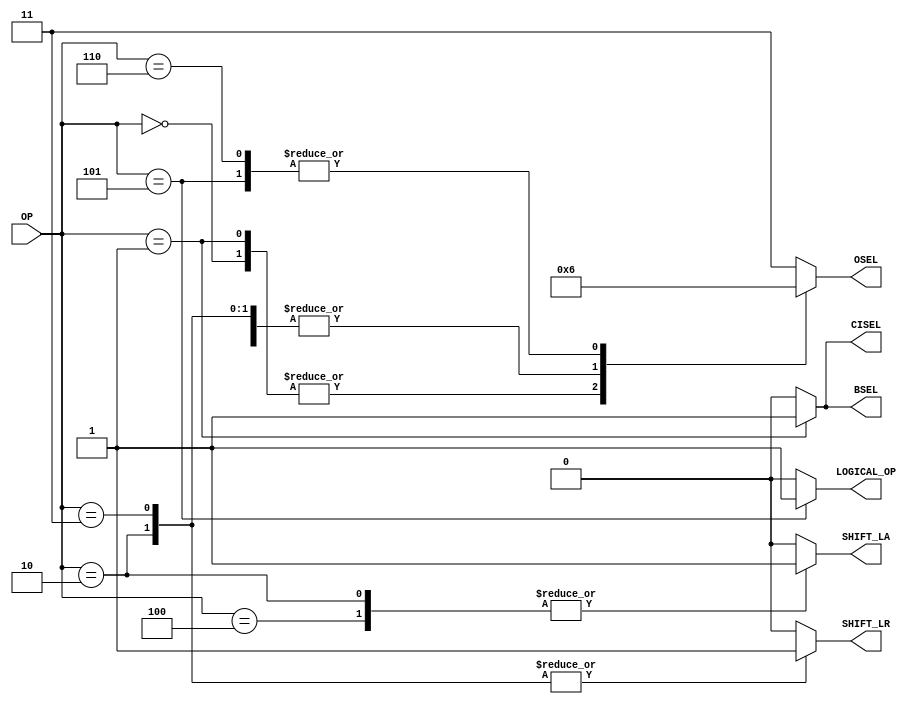
module control(OP, CISEL, BSEL, OSEL, SHIFT_LA, SHIFT_LR, LOGICAL_OP); // add other inputs and outputs here

  // inputs (add others here)
  input  [2:0]  OP;

  // outputs (add others here)
  output        CISEL;

  output 		 BSEL;

  output [1:0]	 OSEL;

  output 		 SHIFT_LA;

  output 		 SHIFT_LR;

  output 	    LOGICAL_OP;


  // reg and internal variable definitions
  reg [1:0] OSEL;

  reg SHIFT_LA;

  reg SHIFT_LR;

  reg LOGICAL_OP;

  

  localparam ADD = 3'b000;

  localparam SUB = 3'b001;

  localparam SRA = 3'b010;

  localparam SRL = 3'b011;

  localparam SLL = 3'b100;

  localparam AND = 3'b101;

  localparam OR = 3'b110;

  

  

  // implement module here (add other control signals below)
  assign CISEL = (OP == 3'b001) ? 1'b1 : 1'b0;

  assign BSEL = (OP == 3'b001) ? 1'b1 : 1'b0;

  

  always @(*) begin

	case (OP)

		ADD: begin 

			  OSEL = 2'b0;

			  SHIFT_LA = 1'b0;

			  SHIFT_LR = 1'b0;

			  LOGICAL_OP = 1'b0;

		end

		SUB: begin

			  OSEL = 2'b0;

		     SHIFT_LA = 1'b0;

			  SHIFT_LR = 1'b0;

			  LOGICAL_OP = 1'b0;

		end

		SRA: begin 

		     OSEL = 2'b01;

		     SHIFT_LA = 1'b1;

			  SHIFT_LR = 1'b1;

			  LOGICAL_OP = 1'b0;

		end

		SRL: begin 

			  OSEL = 2'b01;

		     SHIFT_LA = 1'b0;

			  SHIFT_LR = 1'b1;

			  LOGICAL_OP = 1'b0;

		end

		SLL: begin 

			  OSEL = 2'b01;

		     SHIFT_LA = 1'b1;

			  SHIFT_LR = 1'b0;

			  LOGICAL_OP = 1'b0;

		end

		AND: begin 

		     OSEL = 2'b10;

		     SHIFT_LA = 1'b0;

			  SHIFT_LR = 1'b0;

			  LOGICAL_OP = 1'b1;

		end

		OR:  begin 

			  OSEL = 2'b10;

		     SHIFT_LA = 1'b0;

			  SHIFT_LR = 1'b0;

			  LOGICAL_OP = 1'b0;

		end

		default: begin 

			  OSEL = 2'b11;

		     SHIFT_LA = 1'b0;

			  SHIFT_LR = 1'b0;

			  LOGICAL_OP = 1'b0;

		end

	endcase

  end

  

endmodule